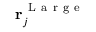
\mathbf { r } _ { j } ^ { \mathrm { ~ L ~ a ~ r ~ g ~ e ~ } }